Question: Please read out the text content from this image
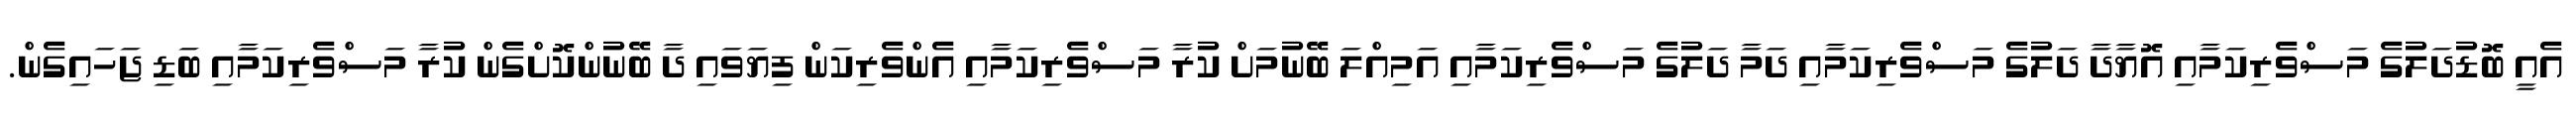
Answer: އެއީ ބޮޑުދަލުގެ މަސްވެރިކަމާއި އޮޔާދާ ދަލުގެ މަސްވެރިކަމާއި ދަމާ ދަލުގެ މަސްވެރިކަމާއި އަމިއްލަ ބޭނުމަށް ކުރާ މަސްވެރިކަމާއި އެންވެރިކަން ފިޔަވައި ދާ ބޭނުންކޮށްގެން ކުރާ މަސްވެރިކަމާއި ބަޑި ޖަހައިގެން.